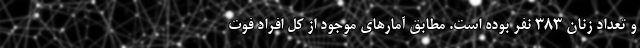
و تعداد زنان ۳۸۳ نفر بوده است. مطابق آمارهای موجود از کل افراد فوت